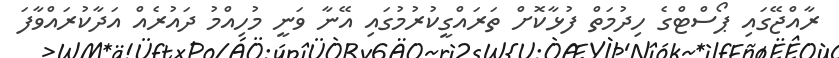
ރާއްޖޭގައި ޕޯސްޓްގެ ހިދުމަތް ފުޅާކޮށް ތަަރައްގީކުރުމުގައި އޭނާ ވަނީ މުހިއްމު ދައުރެއް އަދާކުރައްވާފަ